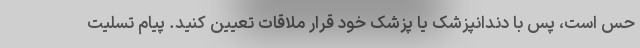
حس است، پس با دندانپزشک یا پزشک خود قرار ملاقات تعیین کنید. پیام تسلیت